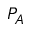
P _ { A }